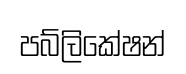
පබ්ලිකේෂන්